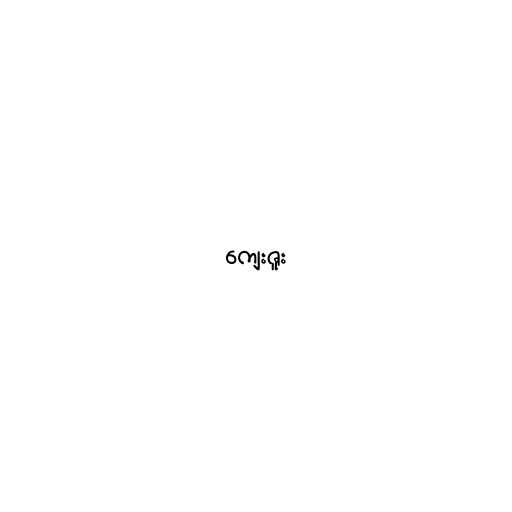
ကျေးဇူး